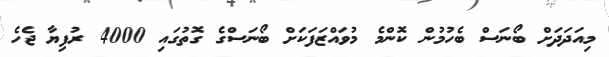
މިއަދަދަށް ބޯނަސް ބެހުމުން ކޮންމެ މުވައްޒަފަކަށް ބޯނަސްގެ ގޮތުގައި 4000 ރުފިޔާ ޖެހެ